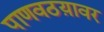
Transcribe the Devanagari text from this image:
पाणवठय़ावर